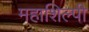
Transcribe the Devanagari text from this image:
महाशिल्पी